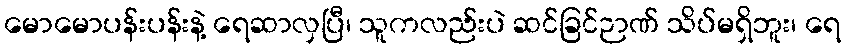
မောမောပန်းပန်းနဲ့ ရေဆာလှပြီ၊ သူကလည်းပဲ ဆင်ခြင်ဉာဏ် သိပ်မရှိဘူး၊ ရေ